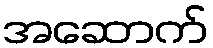
အဆောက်